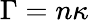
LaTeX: \Gamma=n\kappa